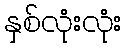
နှစ်လုံးလုံး